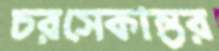
চরসেকান্তর